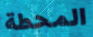
المحطة